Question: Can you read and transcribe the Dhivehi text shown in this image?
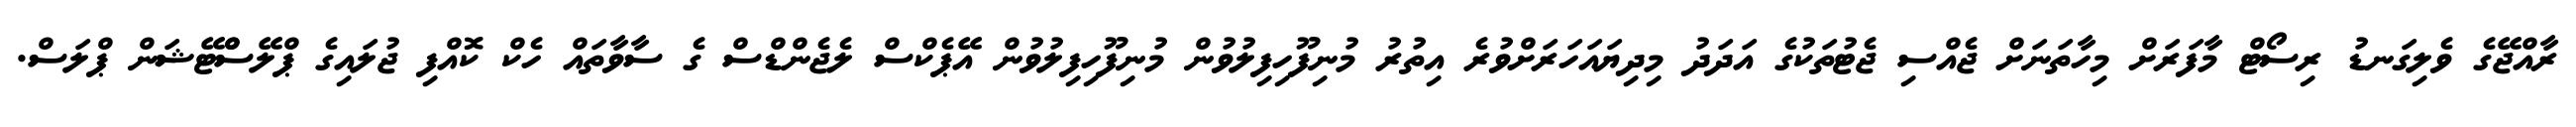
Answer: ރާއްޖޭގެ ވެލިގަނޑު ރިސޯޓް މާފަރަށް މިހާތަނަށް ޖެއްސި ޖެޓުތަކުގެ އަދަދު މިދިޔައަހަރަށްވުރެ އިތުރު މުނިފޫހިފިލުވުން މުނިފޫހިފިލުވުން އޭޕެކްސް ލެޖެންޑްސް ގެ ސާވާތައް ހެކް ކޮއްފި ޖުލައިގެ ޕްލޭސްްޓޭޝަން ޕްލަސް.